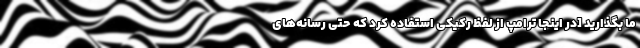
ما بگذارید [در اینجا ترامپ از لفظ رکیکی استفاده کرد که حتی رسانه‌های